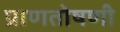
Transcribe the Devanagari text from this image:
प्राणतोषणी